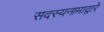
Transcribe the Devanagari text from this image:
सदस्यनामाद्वारे